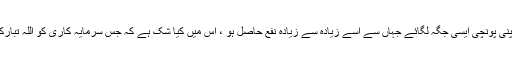
ہم میں سے ہر ایک کی یہ خواہش ہے کہ وہ اپنی پونچی ایسی جگہ لگائے جہاں سے اسے زیادہ سے زیادہ نفع حاصل ہو ، اس میں کیا شک ہے کہ جس سرمایہ کاری کو اللہ تبارک و تعالی بہترین فرما دیں وہ ہی بہترین ہے ۔